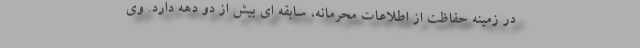
در زمینه حفاظت از اطلاعات محرمانه، سابقه ای بیش از دو دهه دارد. وی